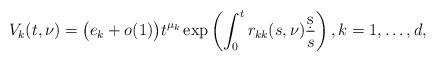
LaTeX: \begin{align*} V_k(t,\nu) = \big( e_k + o(1) \big) t^{\mu_k} \exp \left(\int_0^t {r_{kk}(s,\nu)}\frac{\d s}{s}\right),k=1,\ldots,d,\end{align*}